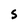
Character: 5